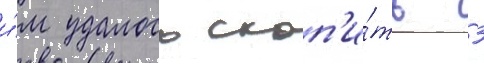
и́м удалось скоп'и́ть 3